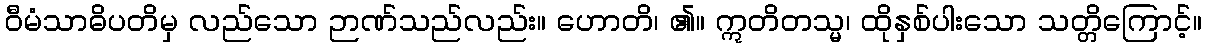
ဝီမံသာဓိပတိမှ လည်သော ဉာဏ်သည်လည်း။ ဟောတိ၊ ၏။ ဣတိတသ္မ၊ ထိုနှစ်ပါးသော သတ္တိကြောင့်။